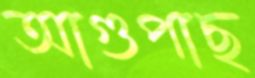
আগুপাছ